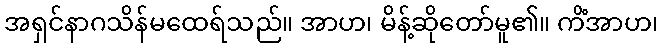
အရှင်နာဂသိန်မထေရ်သည်။ အာဟ၊ မိန့်ဆိုတော်မူ၏။ ကိံအာဟ၊